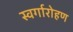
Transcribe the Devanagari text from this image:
स्‍वर्गारोहण